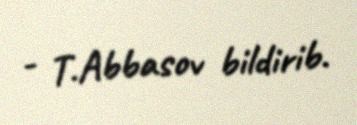
- T.Abbasov bildirib.